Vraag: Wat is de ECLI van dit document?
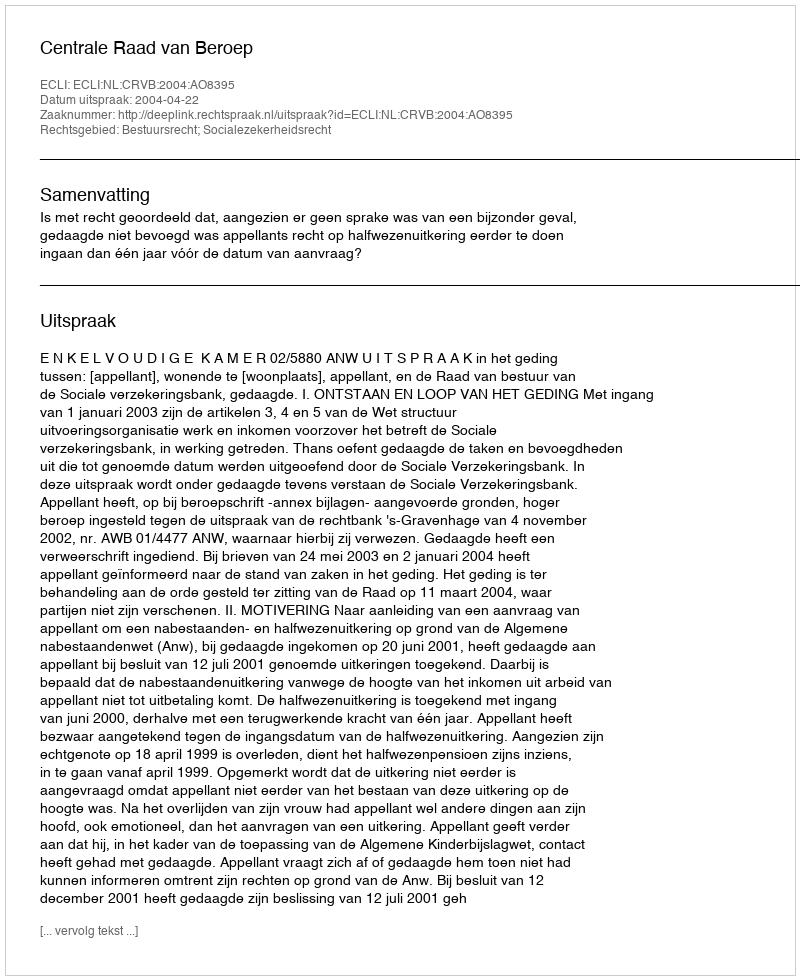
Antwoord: ECLI:NL:CRVB:2004:AO8395